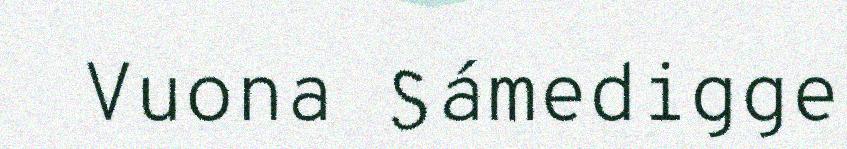
Vuona Sámedigge